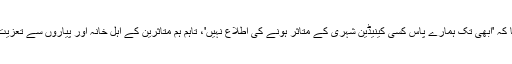
انہوں نے کہا کہ 'ابھی تک ہمارے پاس کسی کینیڈین شہری کے متاثر ہونے کی اطلاع نہیں'، تاہم ہم متاثرین کے اہل خانہ اور پیاروں سے تعزیت کرتے ہیں'۔